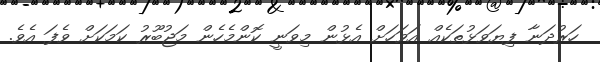
ހަރުދަނާ ފިޔަވަޅުތަކެއް އަވަހަށް އެޅުން މިވަނީ ކޮންމެހެން މަޖުބޫރު ކަމަކަށް ވެފަ އެވެ.